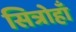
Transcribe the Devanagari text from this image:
सित्रोहाँ